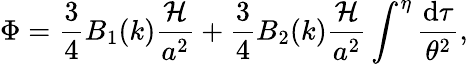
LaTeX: \Phi=\frac{3}{4}B_{1}(k)\frac{{\cal H}}{a^{2}}+\frac{3}{4}B_{2}(k)\frac{{\cal H}}{a^{2}}\int^{\eta}\frac{\mathrm{d}\tau}{\theta^{2}},